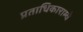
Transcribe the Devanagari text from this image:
प्रताधिकाराम्चे